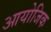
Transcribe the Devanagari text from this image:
आयोजिक